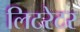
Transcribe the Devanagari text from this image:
लिटरेटर